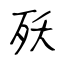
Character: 殀